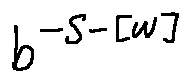
b ^ { - S - [ w ] }